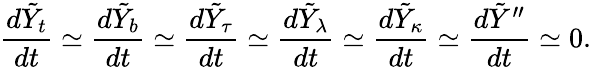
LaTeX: {\frac{d\tilde{Y}_{t}}{dt}}\simeq{\frac{d\tilde{Y}_{b}}{dt}}\simeq{\frac{d\tilde{Y}_{\tau}}{dt}}\simeq{\frac{d\tilde{Y}_{\lambda}}{dt}}\simeq{\frac{d\tilde{Y}_{\kappa}}{dt}}\simeq{\frac{d\tilde{Y}^{\prime\prime}}{dt}}\simeq 0.